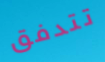
تتدفق